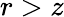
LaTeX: r>z